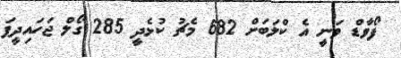
ފޯވާޑް ވަނީ އެ ކްލަބަށް 682 މެޗު ކުޅެދީ 285 ގޯލް ޖަހައިދީފަ